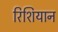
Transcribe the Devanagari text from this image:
रिशियान